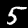
Label: 5